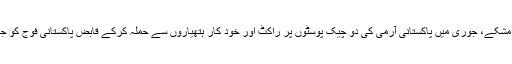
30 اکتوبر جمعہ کے دن مشکے، جوری میں پاکستانی آرمی کی دو چیک پوسٹوں پر راکٹ اور خود کار ہتھیاروں سے حملہ کرکے قابض پاکستانی فوج کو جانی و مالی نقصان پہنچایا۔